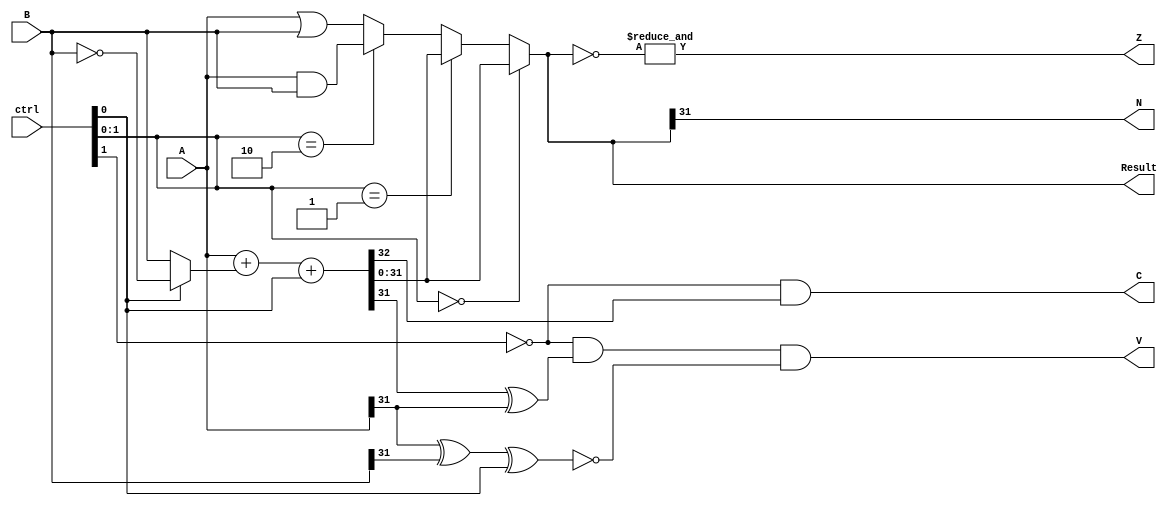
module Flags_ALU(A, B, ctrl, Result, Z, N, C, V);

  // inputs
  input [31:0] A, B;
  input [2:0] ctrl;

  // outputs
  output [31:0] Result;
  // Flags for Zero, Negative, Carry and Overflow respectively.
  output Z,N,C,V;

  // interim wires
  wire [31:0] A_and_B, A_or_B, B_not, A_sum_B;
  wire [31:0] S1;
  wire [31:0] not_Result;
  wire Cout, xor_A_Sum, xnor_A_B_ctrl0, ctrl1_not;

  // Logic Designing
  // And
  assign A_and_B = A & B;
  // Or
  assign A_or_B = A | B;
  // Not
  assign B_not = ~B;
  // 2x1 Mux for addition or subtraction
  assign S1 = (ctrl[0] == 1'b1) ? B_not : B;
  // Addition / Subtraction
  assign {Cout, A_sum_B} = A + S1 + ctrl[0];
  // Result output through 4x1 Mux
  assign Result = (ctrl[1:0] == 2'b00) ? A_sum_B :
                  (ctrl[1:0] == 2'b01) ? A_sum_B :
                  (ctrl[1:0] == 2'b10) ? A_and_B : A_or_B;

  // Flags Outputs
  // for zero checking
  assign not_Result = ~Result;
  assign Z = &(not_Result);
  // for negative checking
  assign N = Result[31];
  //for carry checking
  assign ctrl1_not = (~ctrl[1]);
  assign C = ctrl1_not & Cout;
  // for overflow checking
  assign xor_A_Sum = A_sum_B[31] ^ A[31];
  assign xnor_A_B_ctrl0 = ~(A[31] ^ B[31] ^ ctrl[0]);
  assign V = ctrl1_not & xor_A_Sum & xnor_A_B_ctrl0;

endmodule